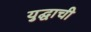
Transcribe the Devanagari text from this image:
युद्घाची